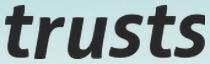
trusts